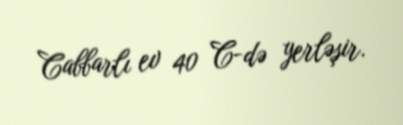
Cabbarlı ev 40 C-də yerləşir.